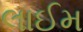
લાઈમ